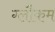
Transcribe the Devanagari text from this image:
ग्लौकम